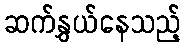
ဆက်နွှယ်နေသည့်